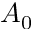
A _ { 0 }